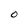
Character: O